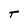
Character: t